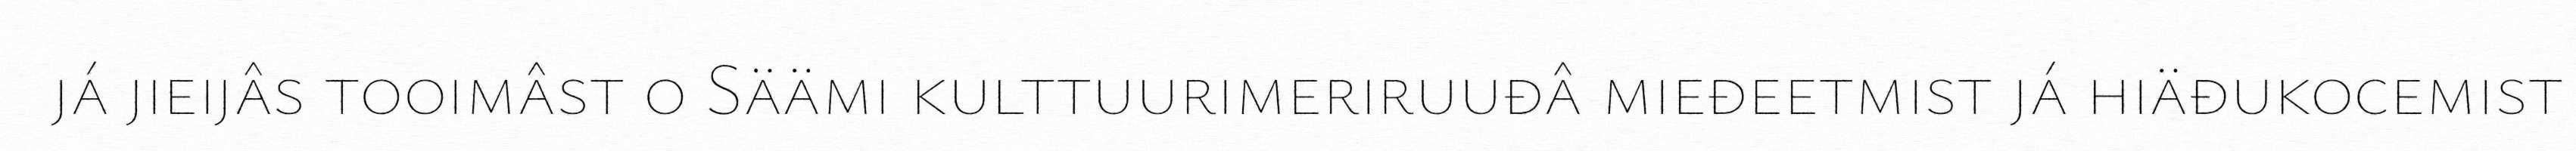
já jieijâs tooimâst o Säämi kulttuurimeriruuđâ mieđeetmist já hiäđukocemist